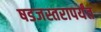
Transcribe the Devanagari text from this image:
षडजस्तरापर्यंत